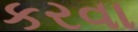
કરવા